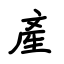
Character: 產